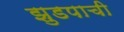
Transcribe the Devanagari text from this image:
झुडपाची